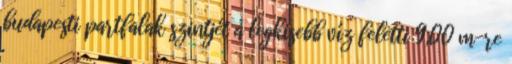
budapesti partfalak szintjét a legkisebb víz feletti 9,00 m-re